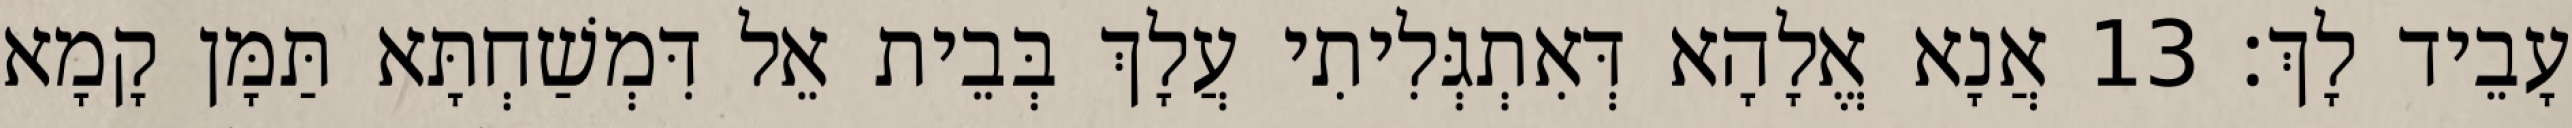
עָבֵיד לָךְ׃ 13 אֲנָא אֱלָהָא דְּאִתְגְּלִיתִי עֲלָךְ בְּבֵית אֵל דִּמְשַׁחְתָּא תַּמָּן קָמָא